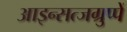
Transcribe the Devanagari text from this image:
आइन्सत्जग्रुप्पें